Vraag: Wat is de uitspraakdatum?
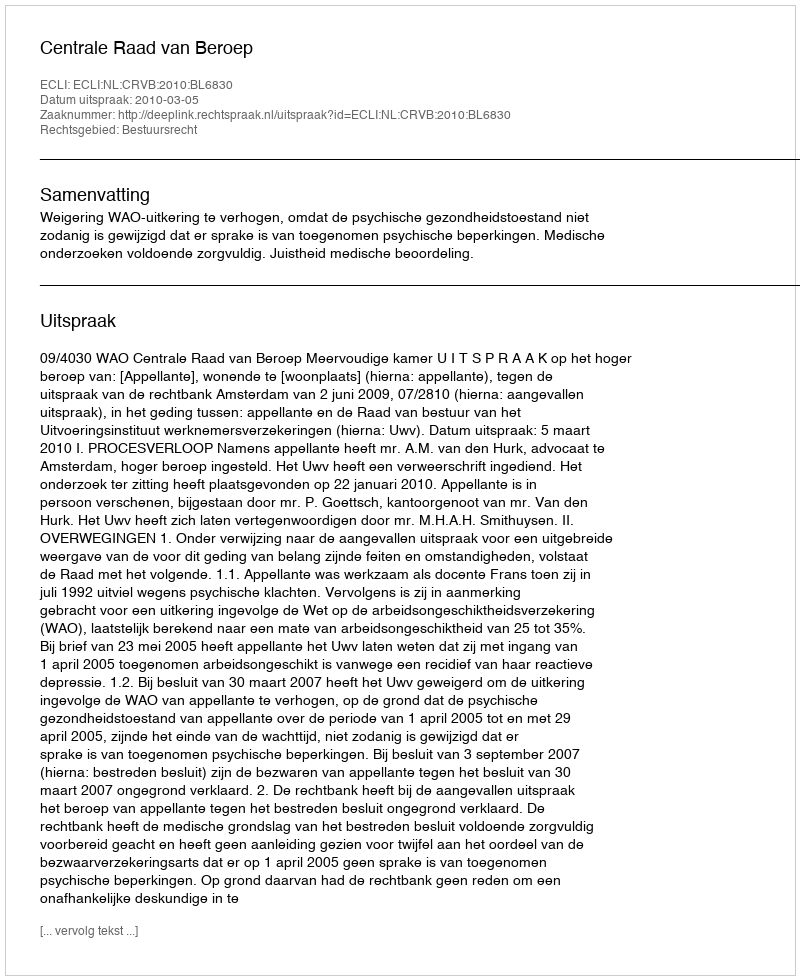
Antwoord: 2010-03-05